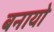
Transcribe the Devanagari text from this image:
बनायो